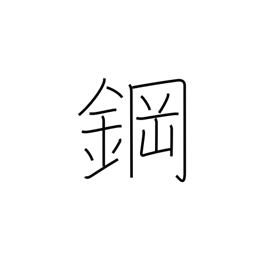
Meaning: steel